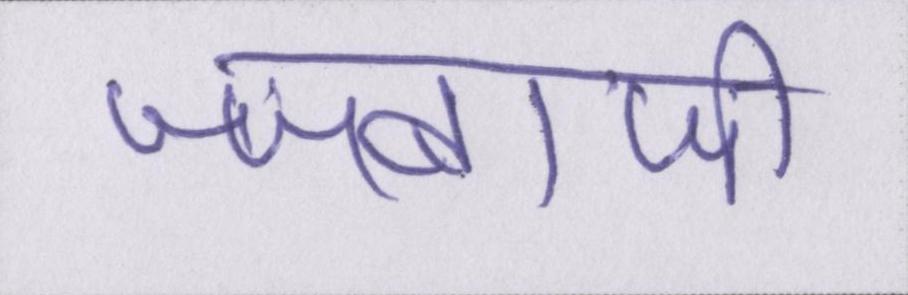
जज्बाजी